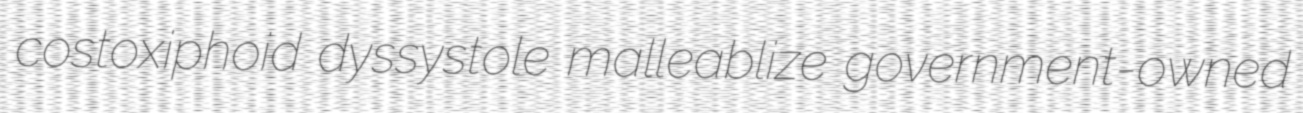
costoxiphoid dyssystole malleablize government-owned